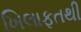
ખિલાફતથી